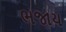
ભજાય